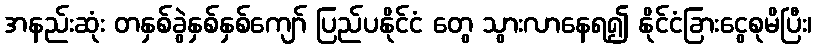
အနည်းဆုံး တနှစ်ခွဲနှစ်နှစ်ကျော် ပြည်ပနိုင်ငံ တွေ သွားလာနေရ၍ နိုင်ငံခြားငွေစုမိပြီး၊